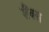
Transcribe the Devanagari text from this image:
शैंक्स